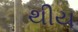
થીય